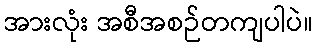
အားလုံး အစီအစဉ်တကျပါပဲ။